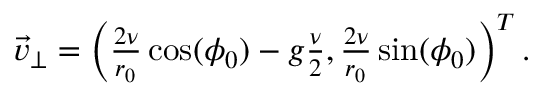
\begin{array} { r } { \vec { v } _ { \perp } = \left( \frac { 2 \nu } { r _ { 0 } } \cos ( \phi _ { 0 } ) - g \frac { \nu } { 2 } , \frac { 2 \nu } { r _ { 0 } } \sin ( \phi _ { 0 } ) \right) ^ { T } . } \end{array}